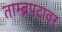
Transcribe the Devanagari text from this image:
ताम्ब्रपटावर